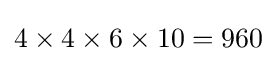
4\times 4\times 6\times 10=960